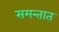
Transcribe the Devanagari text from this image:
समन्तात